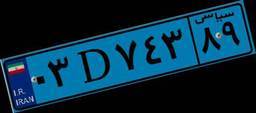
۰۳D۷۴۳۸۹